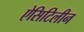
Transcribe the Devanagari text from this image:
ऐसिटिलीन